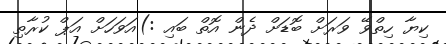
ކިޔާ ހިތްވޭ ވަރަށް ބޮޑަށް ދެން އޮތް ބައި :)އަވަހަށް އަޕް ކުރާތި